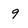
Character: 9